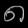
Digit: ၈